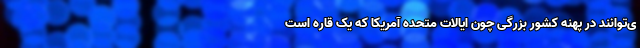
ی‌توانند در پهنه کشور بزرگی چون ایالات متحده آمریکا که یک قاره است